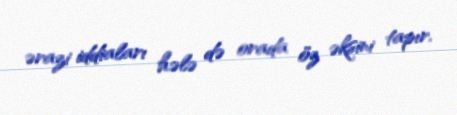
ərazi iddiaları hələ də orada öz əksini tapır.